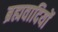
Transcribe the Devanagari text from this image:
ब्रह्मवादियों